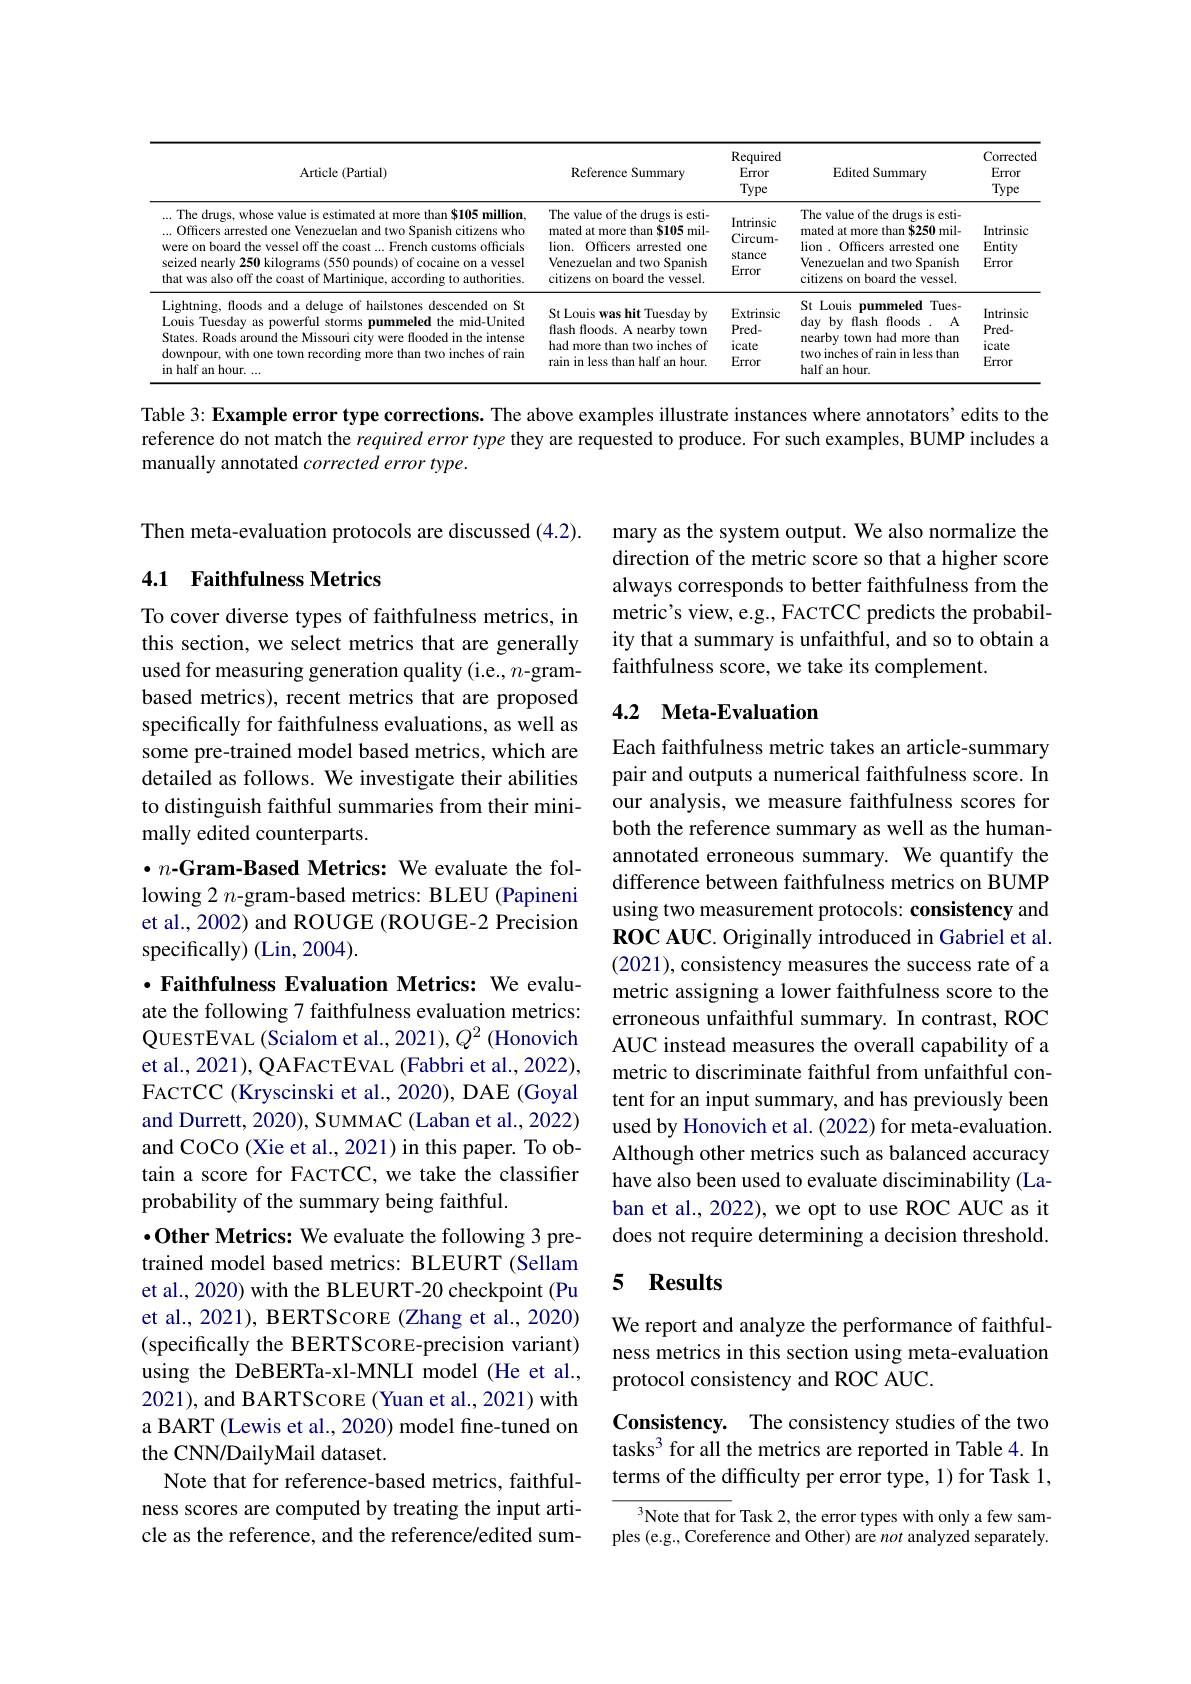
<table>
	<tbody>
		<tr>
			<th>Article (Partial)</th>
			<th>Reference Summary</th>
			<th>Required Error Type</th>
			<th>Edited Summary</th>
			<th>Corrected Error Type</th>
		</tr>
		<tr>
			<td> The drugs, whose value is estimated at more than $105 million, ... Officers arrested one Venezuelan and two Spanish citizens who were on board the vessel off the coast ...French customs officials seized nearly 250 kilograms (550 pounds) of cocaine on a vessel that was also off the coast of Martinique, according to authorities</td>
			<td>The value of the drugs is esti- mated at more than $105 mil- lion. Officers arrested one Venezuelan and two Spanish citizens on board the vessel.</td>
			<td>Intrinsic Circum- stance Error</td>
			<td>The value of the drugs is esti- mated at more than $250 mil- lion . Officers arrested one Venezuelan and two Spanish citizens on board the vessel.</td>
			<td>Intrinsic Entity Error</td>
		</tr>
		<tr>
			<td>Lightning, floods and a deluge of hailstones descended on St Louis Tuesday as powerful storms pummeled the mid-United States. Roads around the Missouri city were flooded in the intense downpour, with one town recording more than two inches of rain in half an hour. $\therefore$</td>
			<td>St Louis was hit Tuesday by flash floods. A nearby town had more than two inches of rain in less than half an hour.</td>
			<td>Extrinsic $Pred-$ icate Error</td>
			<td>St Louis s pummeled Tues- day by flash floods. $A$ nearby town had more than two inches of rain in less than half an hour.</td>
			<td>Intrinsic $Pred-$ icate Error</td>
		</tr>
	</tbody>
</table>

Table 3: Example error type corrections. The above examples illustrate instances where annotators'edits to the reference do not match the required error type they are requested to produce. For such examples, BUMP includes a manually annotated corrected error type.

Then meta-evaluation protocols are discussed (4.2).

### 4.1 Faithfulness Metrics

mary as the system output. We also normalize the direction of the metric score so that a higher score always corresponds to better faithfulness from the metric's view, e.g., FACTCC predicts the probability that a summary is unfaithful, and so to obtain a faithfulness score, we take its complement.

## 4.2 Meta-Evaluation

To cover diverse types of faithfulness metrics, in this section, we select metrics that are generally used for measuring generation quality (i.e., n-grambased metrics), recent metrics that are proposed specifically for faithfulness evaluations, as well as some pre-trained model based metrics, which are detailed as follows. We investigate their abilities to distinguish faithful summaries from their minimally edited counterparts.

Each faithfulness metric takes an article-summary pair and outputs a numerical faithfulness score. In our analysis, we measure faithfulness scores for both the reference summary as well as the humanannotated erroneous summary. We quantify the difference between faithfulness metrics on BUMP using two measurement protocols: consistency and ROC AUC. Originally introduced in Gabriel et al. (2021), consistency measures the success rate of a metric assigning a lower faithfulness score to the erroneous unfaithful summary. In contrast, ROC AUC instead measures the overall capability of a metric to discriminate faithful from unfaithful content for an input summary, and has previously been used by Honovich et al. (2022) for meta-evaluation. Although other metrics such as balanced accuracy have also been used to evaluate disciminability (Laban et al., 2022), we opt to use ROC AUC as it does not require determining a decision threshold.

$\bullet n\mathbf{-Gram-Based~Metrics:~We~evaluate~the~fol-}$ lowing 2 $n$-gram-based metrics: BLEU (Papineni et al., 2002) and ROUGE (ROUGE-2 Precision specifically) (Lin, 2004).
$\cdot$ Faithfulness Evaluation Metrics: We evaluate the following 7 faithfulness evaluation metrics: QUESTEVAL (Scialom et al., 2021), $Q^{2}$ (Honovich et al., 2021), QAFACTEVAL (Fabbri et al., 2022), FACTCC (Kryscinski et al., 2020), DAE (Goyal and Durrett, 2020), SUMMAC (Laban et al., 2022) and CoCo (Xie et al., 2021) in this paper. To obtain a score for FACTCC, we take the classifier probability of the summary being faithful.
$•$Other Metrics: We evaluate the following 3 pretrained model based metrics: BLEURT (Sellam et al., 2020) with the BLEURT-20 checkpoint (Pu et al., 2021), BERTScoRE (Zhang et al., 2020) (specifically the BERTSCORE-precision variant) using the DeBERTa-xl-MNLI model (He et al., 2021), and BARTScoRE (Yuan et al., 2021) with a BART (Lewis et al., 2020) model fine-tuned on the CNN/DailyMail dataset.
Note that for reference-based metrics, faithfulness scores are computed by treating the input article as the reference, and the reference/edited sum-

## 5 $\mathbf{Results}$

We report and analyze the performance of faithfulness metrics in this section using meta-evaluation protocol consistency and ROC AUC.

Consistency. The consistency studies of the two tasks$^3$ for all the metrics are reported in Table 4. In terms of the difficulty per error type, 1) for Task 1,

$^3$Note that for Task 2, the error types with only a few samples (e.g., Coreference and Other) are not analyzed separately.